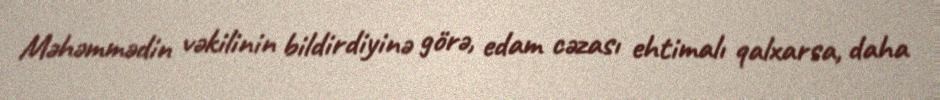
Məhəmmədin vəkilinin bildirdiyinə görə, edam cəzası ehtimalı qalxarsa, daha